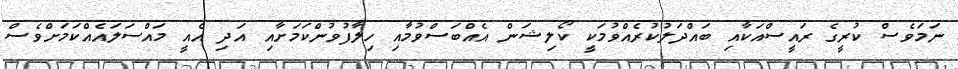
ނަމަވެސް ކުރީގެ ރައީސްއަކާއި ބައްދަލުކުރެއްވުމަކީ ކޯލިޝަން އެއްބަސްވުމާއި ހިލާފުވުންކަމަށާއި އަދި އެއީ މައްސަލައެއްކަމަށްވެސް